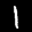
Label: 1